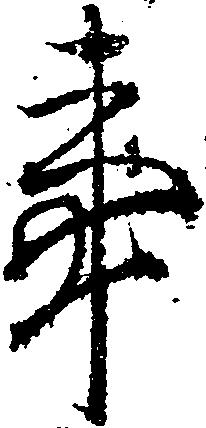
事